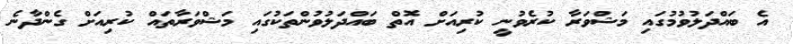
އެ ބައްދަލުވުމުގައި މަޝްވަރާ ކުރެވުނީ ކުރިއަށް އޮތް ބައްދަލުވުންތަކުގައި މަޝްވަރާތައް ކުރިއަށް ގެންދާނެ